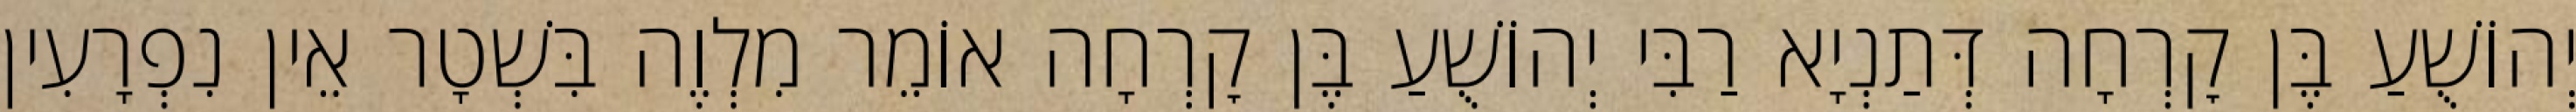
יְהוֹשֻׁעַ בֶּן קׇרְחָה דְּתַנְיָא רַבִּי יְהוֹשֻׁעַ בֶּן קׇרְחָה אוֹמֵר מִלְוֶה בִּשְׁטָר אֵין נִפְרָעִין